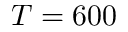
T = 6 0 0